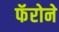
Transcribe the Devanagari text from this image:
फॅरोने